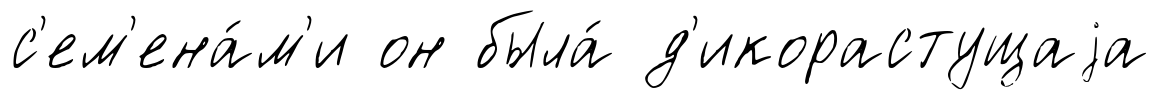
с'ем'ена́м'и он была́ д'икорастущаjа